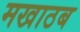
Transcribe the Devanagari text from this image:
मखाठब